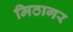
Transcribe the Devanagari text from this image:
मिठागर